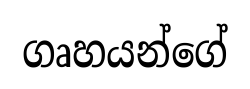
ගෘහයන්ගේ